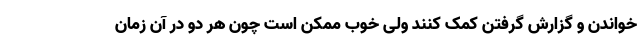
خواندن و گزارش گرفتن کمک کنند ولی خوب ممکن است چون هر دو در آن زمان